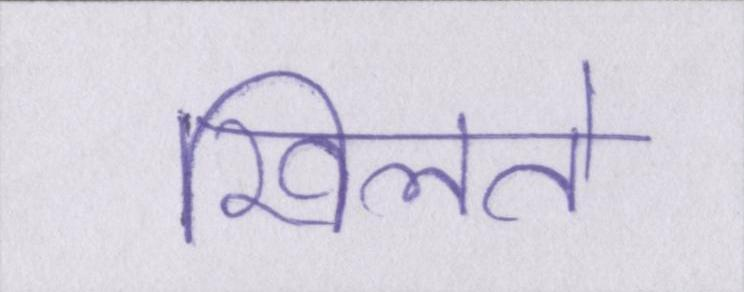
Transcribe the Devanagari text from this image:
खिलते